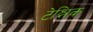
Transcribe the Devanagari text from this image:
टेश्निक